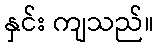
နှင်း ကျသည်။